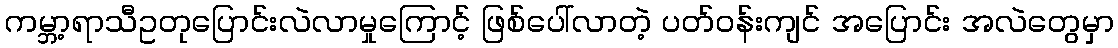
ကမ္ဘာ့ရာသီဥတုပြောင်းလဲလာမှုကြောင့် ဖြစ်ပေါ်လာတဲ့ ပတ်ဝန်းကျင် အပြောင်း အလဲတွေမှာ